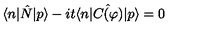
\langle n | \hat { N } | p \rangle - i t \langle n | \hat { C ( \varphi ) } | p \rangle = 0